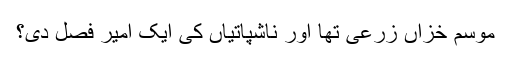
موسم خزاں زرعی تھا اور ناشپاتیاں کی ایک امیر فصل دی؟